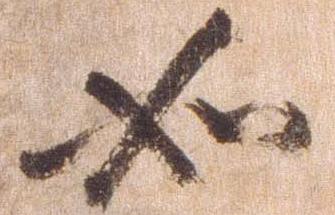
如